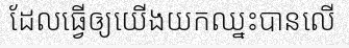
ដែលធ្វើឲ្យយើងយកឈ្នះបានលើ